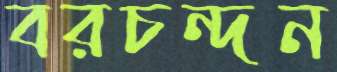
বরচন্দন